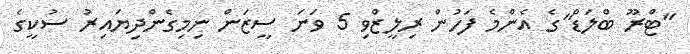
"ޓްރޫ ބްލަޑް"ގެ އެންމެ ފަހުން ރިލީޒްވި 5 ވަނަ ސީޒަން ނިމިގެންދިޔައިރު ސުކީގެ